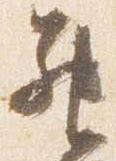
昇